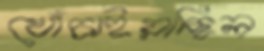
খোঁচাইয়াছিল